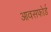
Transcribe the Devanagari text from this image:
आवसफोर्ड